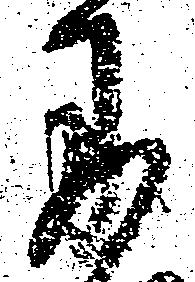
に